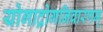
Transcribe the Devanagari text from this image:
योगाद्रोगनिवारणम्